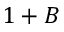
1 + B